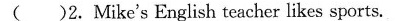
( )2.Mike's English teacher likes sports.